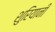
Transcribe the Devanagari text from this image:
शुरियानी